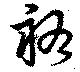
祐